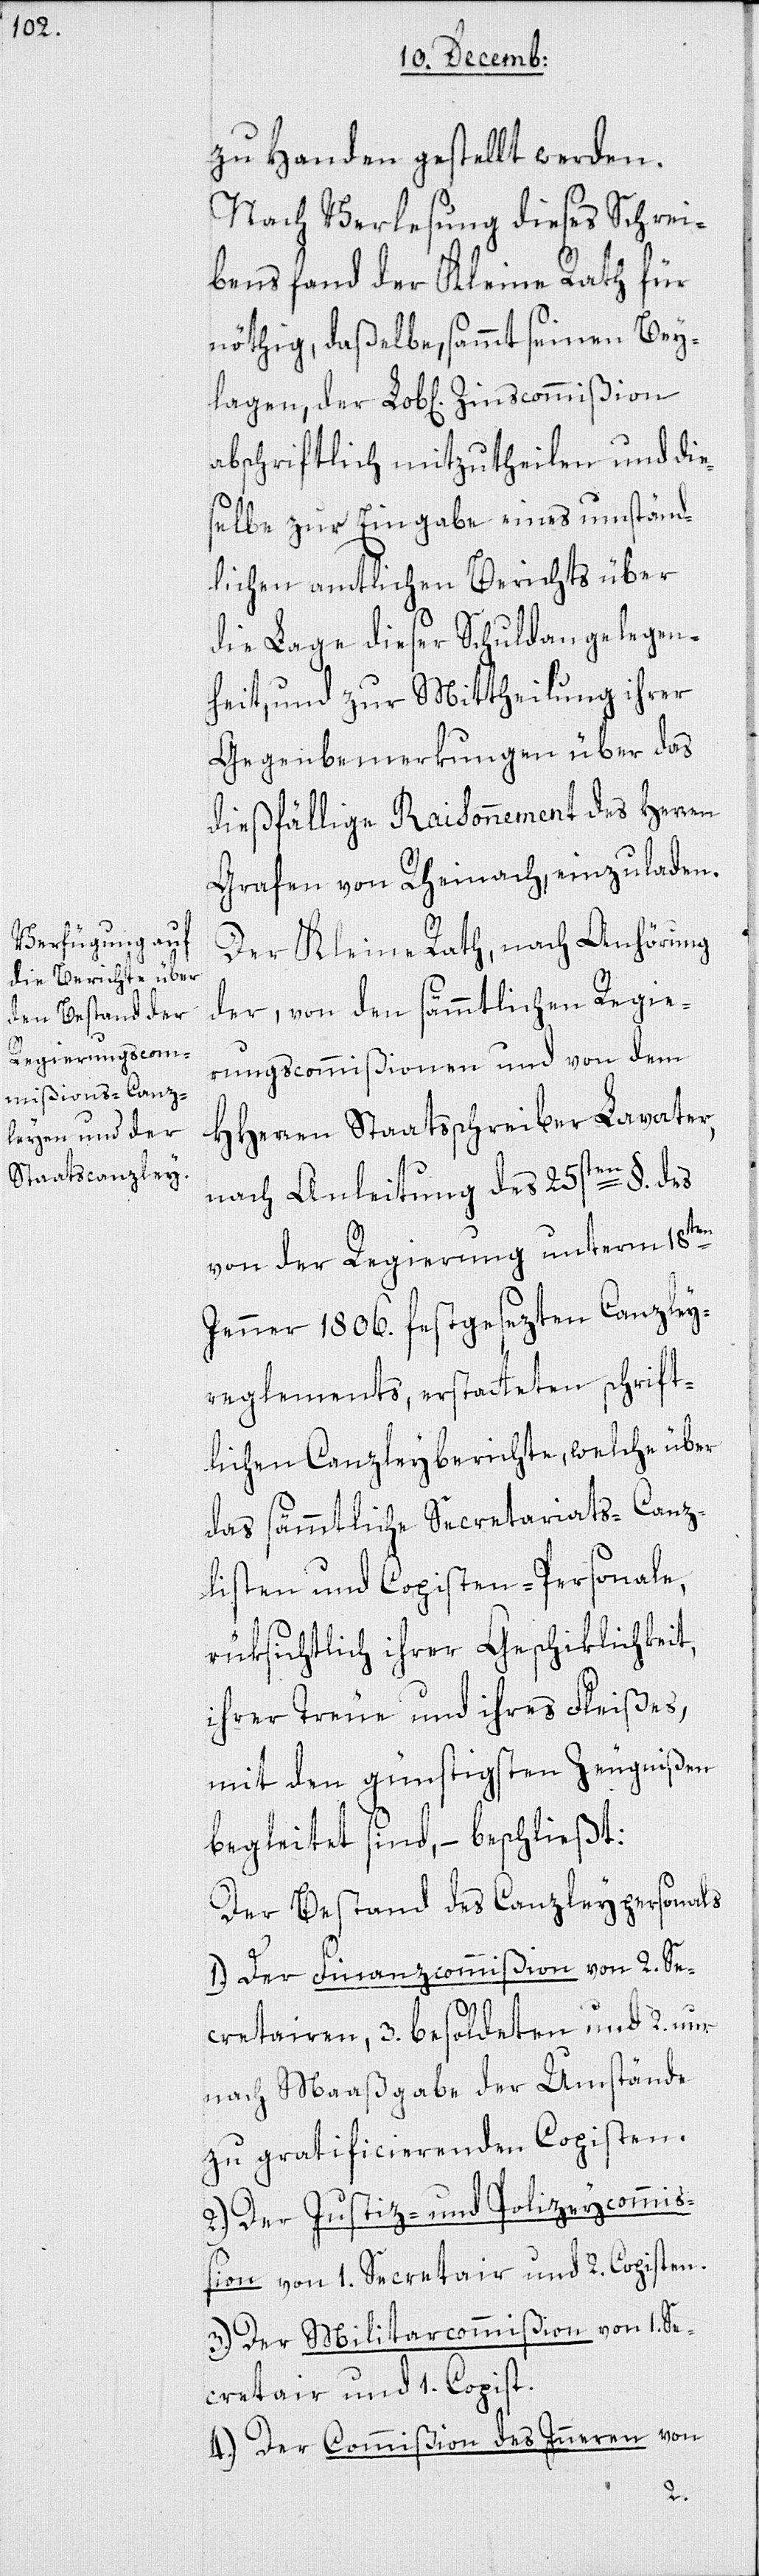
zu Handen gestellt werden.
Nach Verlesung dieses Schrei¬
bens fand der Kleine Rath für
nöthig, daßelbe, sammt seinen Bey¬
abschriftlich mitzutheilen und die¬
selbe zur Eingabe eines umständ¬
lichen amtlichen Berichts über
die Lage dieser Schuldangelegen¬
heit, und zur Mittheilung ihrer
Gegenbemerkungen über das
dießfällige Raisonnement des Herren
Grafen von Rheinach, einzuladen.
Der Kleine Rath, nach Anhörung
der von den sämmtlichen Regie¬
rungscommißionen und von dem
HHerren Staatsschreiber Lavater,
nach Anleitung des 25sten §. des
lagen
von der Regierung unterm 18ten
Jenner 1806. festgesetzten Canzley¬
reglements, erstatteten schrift¬
lichen Canzleyberichte, welche über
das sämmtliche Secretariats-[,] Canz¬
listen[-] und Copisten-Personale,
rüksichtlich ihrer Geschiklichkeit,
ihrer Treue und ihres Fleißes,
mit den günstigsten Zeugnißen
begleitet sind, – beschließt:
Der Bestand des Canzleypersonals
1.) Der Finanzcommißion von 2. Se¬
cretairen, 3. besoldeten und 2. nur
nach Maaßgabe der Umstände
zu gratificierenden Copisten.
2.) Der Justiz- und Polizeycommiß¬
ion von 1. Secretair und 2. Copisten.
3.) Der Militarcommißion von 1. Se¬
cretair und 1. Copist.
4.) Der Commißion des Inneren von